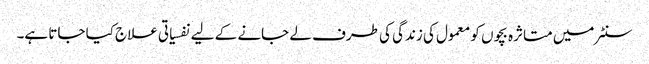
سنٹر میں متاثرہ بچوں کو معمول کی زندگی کی طرف لے جانے کے لیے نفسیاتی علاج کیا جاتا ہے۔